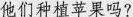
他们种植苹果吗?